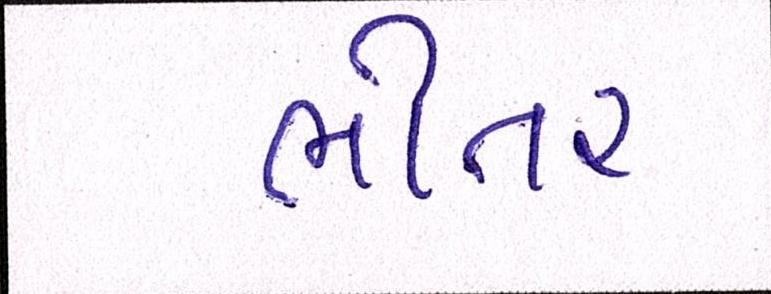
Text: ભીતર